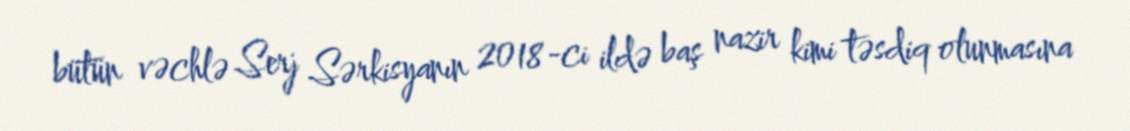
bütün vəchlə Serj Sərkisyanın 2018-ci ildə baş nazir kimi təsdiq olunmasına